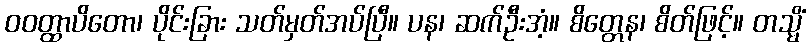
ဝဝတ္ထာပိတော၊ ပိုင်းခြား သတ်မှတ်အပ်ပြီ။ ပန၊ ဆက်ဦးအံ့။ စိတ္တေန၊ စိတ်ဖြင့်။ တသ္မိံ